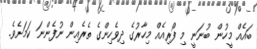
ބައެއް މީހުން ބުނަނީ މި ފޯރިއެއް މިހާރުގެ ދިވެހިންގެ ތެރެއިން ނުފެންނަ ކަމަށެވެ.